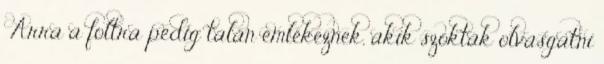
Arra a foltra pedig talán emlékeznek, akik szokták olvasgatni